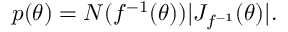
p ( \boldsymbol { \theta } ) = N ( f ^ { - 1 } ( \boldsymbol { \theta } ) ) \vert J _ { f ^ { - 1 } } ( \boldsymbol { \theta } ) \vert .